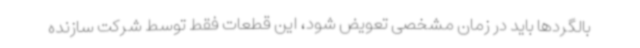
بالگردها باید در زمان مشخصی تعویض شود، این قطعات فقط توسط شرکت سازنده